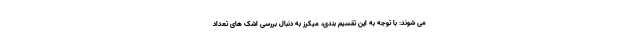
می شوند: با توجه به این تقسیم بندی، میکرز به دنبال بررسی اشک های تعداد